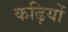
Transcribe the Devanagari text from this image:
कढ़ियों